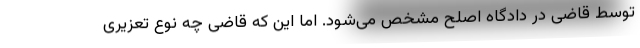
توسط قاضی در دادگاه اصلح مشخص می‌شود. اما این که قاضی چه نوع تعزیری